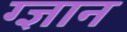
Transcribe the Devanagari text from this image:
ग्ज्ञान